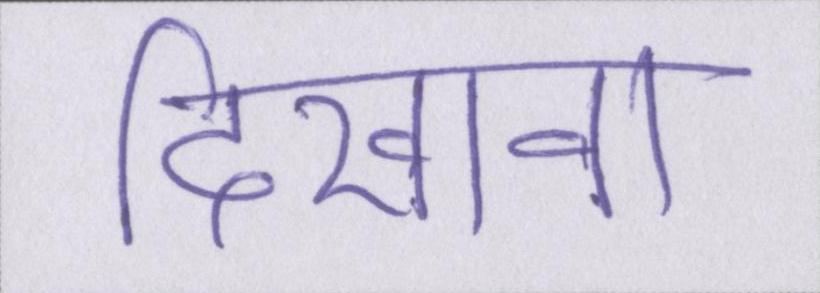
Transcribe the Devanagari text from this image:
दिखावा